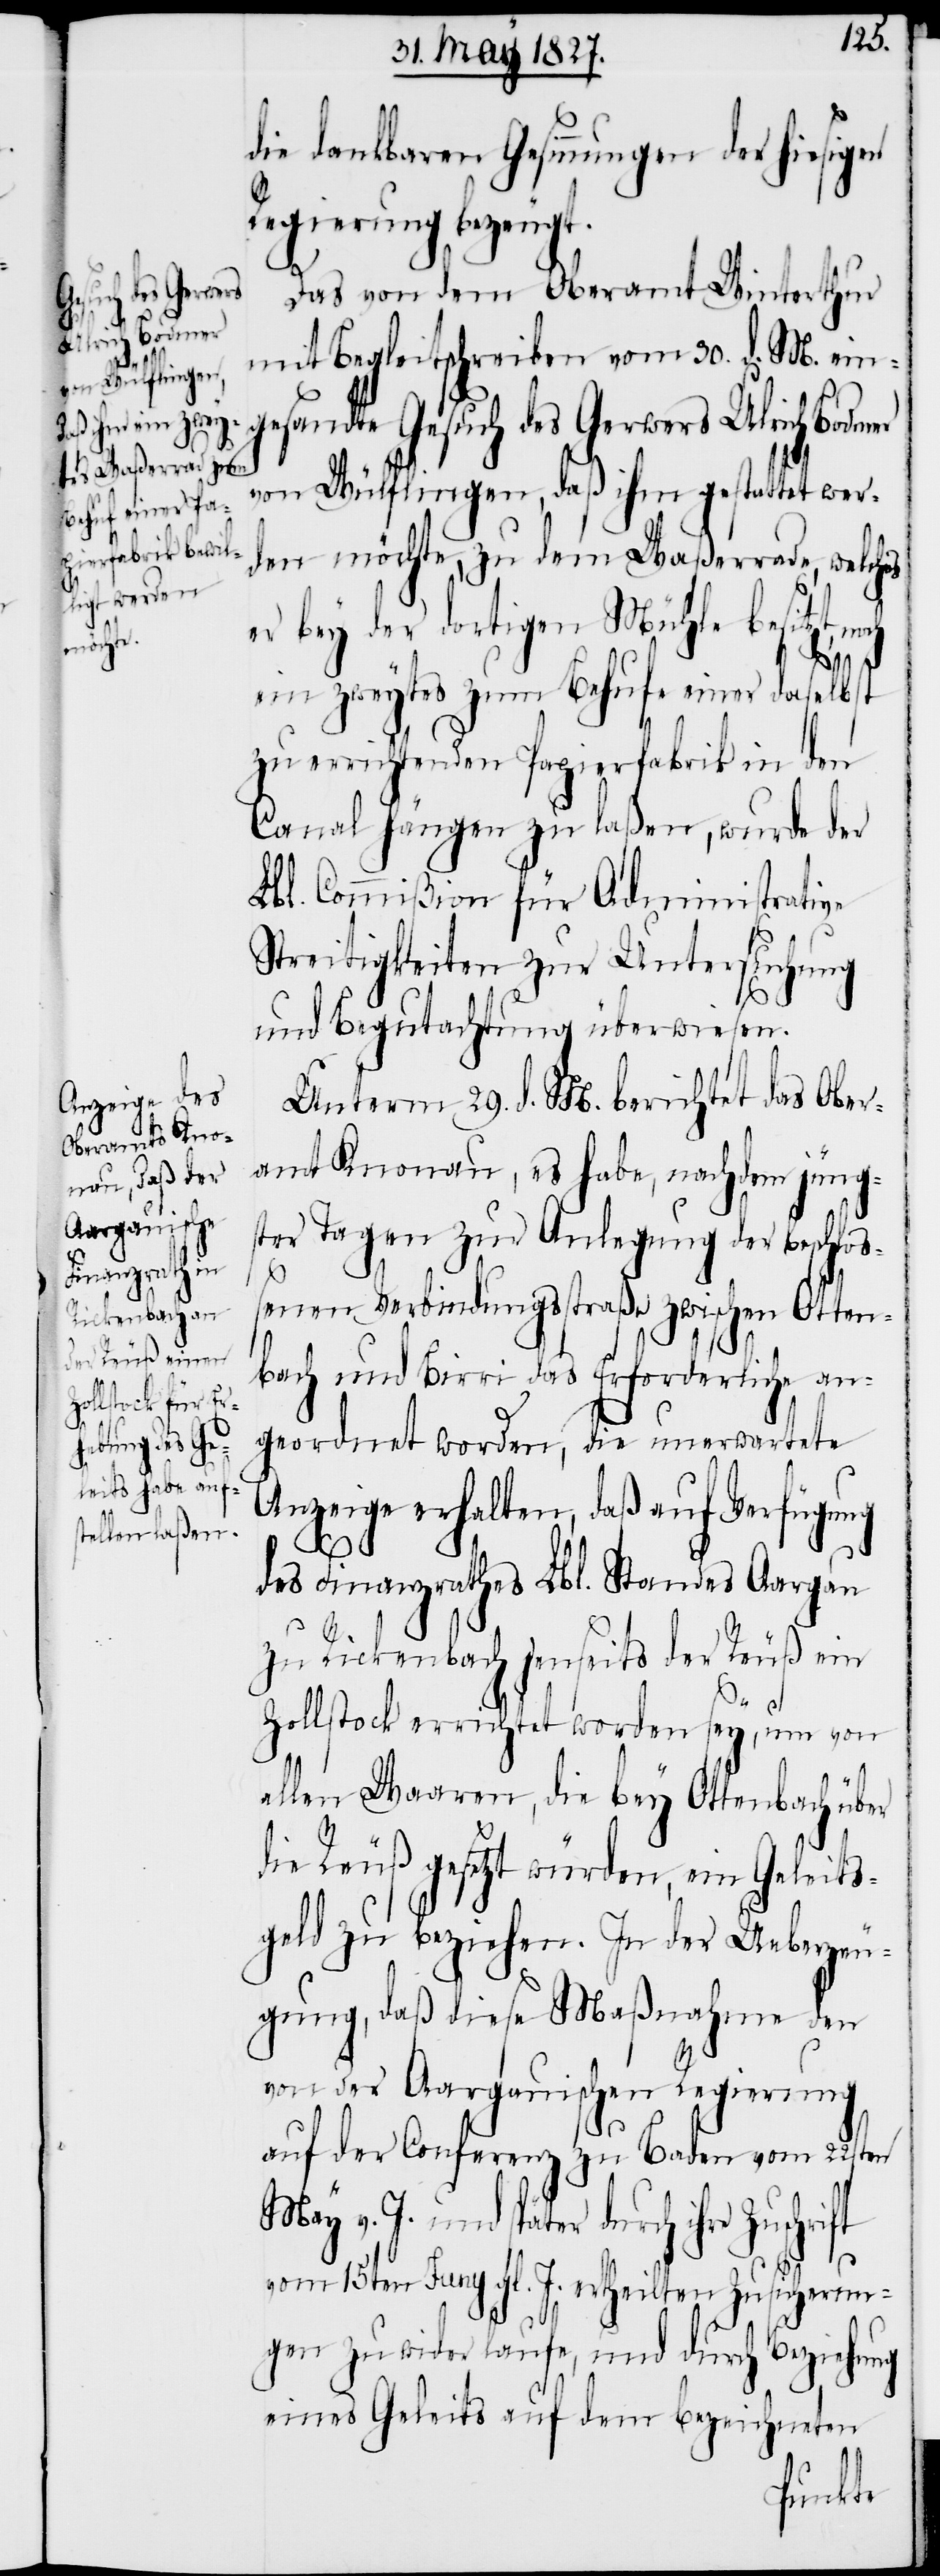
die dankbaren Gesinnungen der hiesigen
Regierung bezeugt.
Das von dem Oberamt Winterthur
mit Begleitschreiben vom 30. d. M. ein¬
gesandte Gesuch des Gerwers Ulrich Bodmer
von Wülflingen, daß ihm gestattet wer¬
den möchte, zu dem Waßerrade, welches
er bey der dortigen Mühle besitzt,
ein zweytes zum Behufe einer daselbst
zu errichtenden Papierfabrik in den
Canal hängen zu laßen, wurde der
Lbl. Commißion für Administrative
Streitigkeiten zur Untersuchung
und Begutachtung überwiesen.
Unterm 29. d. M. berichtet das Ober¬
amt Knonau, es habe, nachdem jüng¬
ster Tagen zur Anlegung der beschloß¬
enen Verbindungsstraße zwischen Otten¬
bach und Birri das Erforderliche an¬
geordnet worden, die unerwartete
Anzeige erhalten, daß auf Verfügung
des Finanzrathes Lbl. Standes Aargau
zu Rickenbach jenseits der Reuß ein
Zollstock errichtet worden sey, um von
allen Waaren, die bey Ottenbach über
die Reuß gesetzt würden, ein Geleits¬
geld zu beziehen. In der Ueberzeu¬
gung, daß diese Maßnahme den
von der Aargauischen Regierung
auf der Conferenz zu Baden vom 22sten
May v. J. und später durch ihre
vom 15. Juny gl. J. ertheilten Zusicherun¬
gen zu wider laufe, und durch Beziehung
eines Geleits auf dem bezeichneten